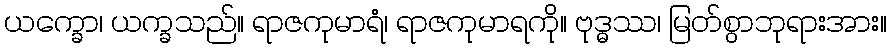
ယက္ခော၊ ယက္ခသည်။ ရာဇကုမာရံ၊ ရာဇကုမာရကို။ ဗုဒ္ဓဿ၊ မြတ်စွာဘုရားအား။